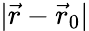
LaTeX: |{\vec{r}}-{\vec{r}}_{0}|